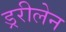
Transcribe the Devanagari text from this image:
ड्ररीलेन